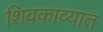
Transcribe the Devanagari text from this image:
शिवकाव्यात